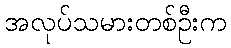
အလုပ်သမားတစ်ဦးက